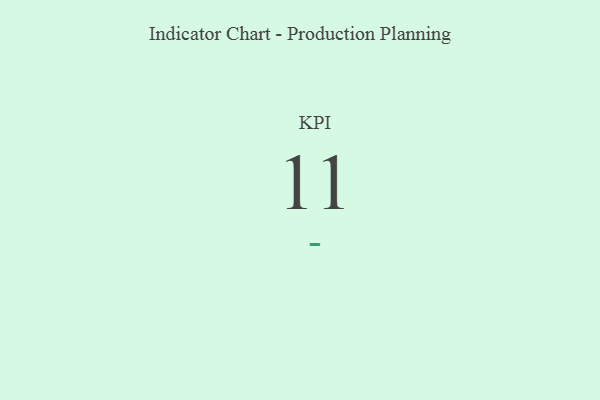
{"axis": {"x": "KPI", "y": "Value"}, "legend": [""], "data": [{"x": "KPI", "y": 11, "type": ""}]}